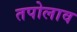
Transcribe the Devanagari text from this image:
तपोलाव